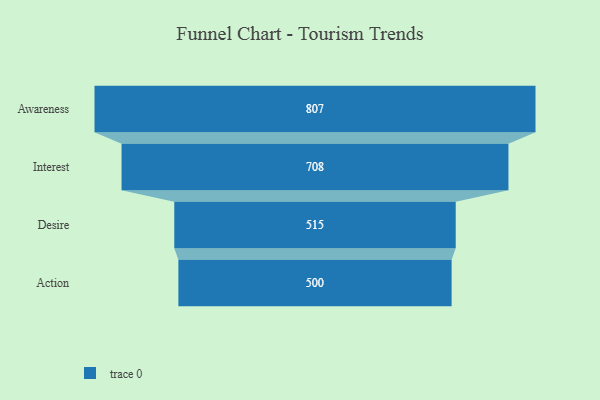
{"axis": {"x": "Stage", "y": "Value"}, "legend": [""], "data": [{"x": "Awareness", "y": 807.0, "type": ""}, {"x": "Interest", "y": 708.0, "type": ""}, {"x": "Desire", "y": 515.0, "type": ""}, {"x": "Action", "y": 500, "type": ""}]}